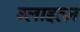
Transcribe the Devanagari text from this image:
ग्लाइत्ज़